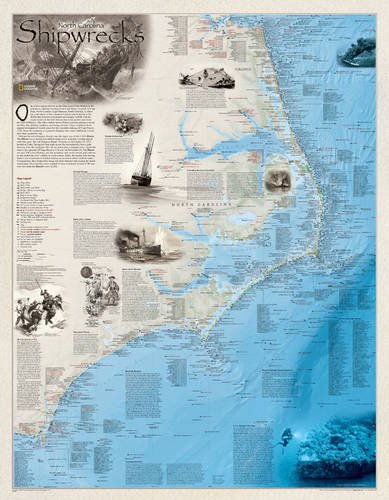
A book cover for Shipwrecks of the Outer Banks [Tubed] (National Geographic Reference Map); National Geographic Maps - Reference; History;